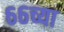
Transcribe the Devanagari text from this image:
६६च्या